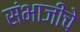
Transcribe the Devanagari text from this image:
संभाजींचे